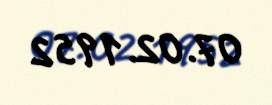
07.02.1952